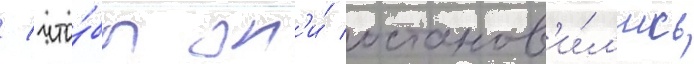
/ что́бы он'и́ останов'и́л'ись